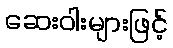
ဆေးဝါးများဖြင့်